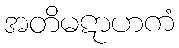
အတိမဋာဟကံ